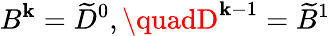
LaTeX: B^{\mathbf{k}}=\widetilde{{D}}^{0},\quadD^{\mathbf{k}-1}=\widetilde{{B}}^{1}